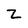
Character: z